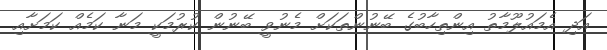
އަދި އެމައުލޫމާތު އިންތިހާބުގެ ބޭނުންތަކަށް މެނުވީ ބޭނުން ކުރުމަކީ މަނާ ކަމެއް ކަމަށާއި